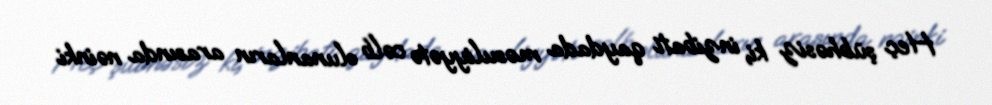
Heç şübhəsiz ki, inzibati qaydada məsuliyyətə cəlb olunanların arasında nəinki